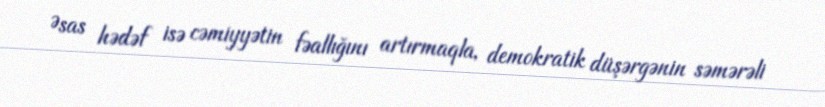
Əsas hədəf isə cəmiyyətin fəallığını artırmaqla, demokratik düşərgənin səmərəli